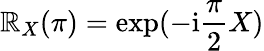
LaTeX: \mathbb{R}_{X}(\pi)=\exp(-\mathrm{{i}}\frac{{\pi}}{{2}}X)